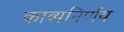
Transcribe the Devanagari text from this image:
काव्यनिर्णय